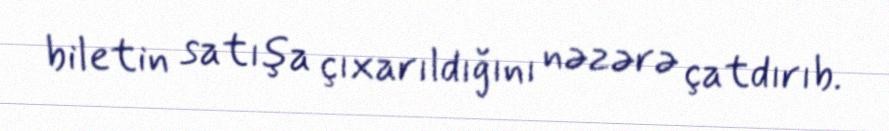
biletin satışa çıxarıldığını nəzərə çatdırıb.